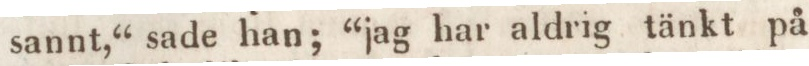
sannt,“ sade han; “jag har aldrig tänkt på